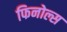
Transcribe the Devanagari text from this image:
फिनोल्स